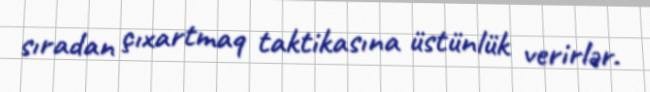
sıradan çıxartmaq taktikasına üstünlük verirlər.